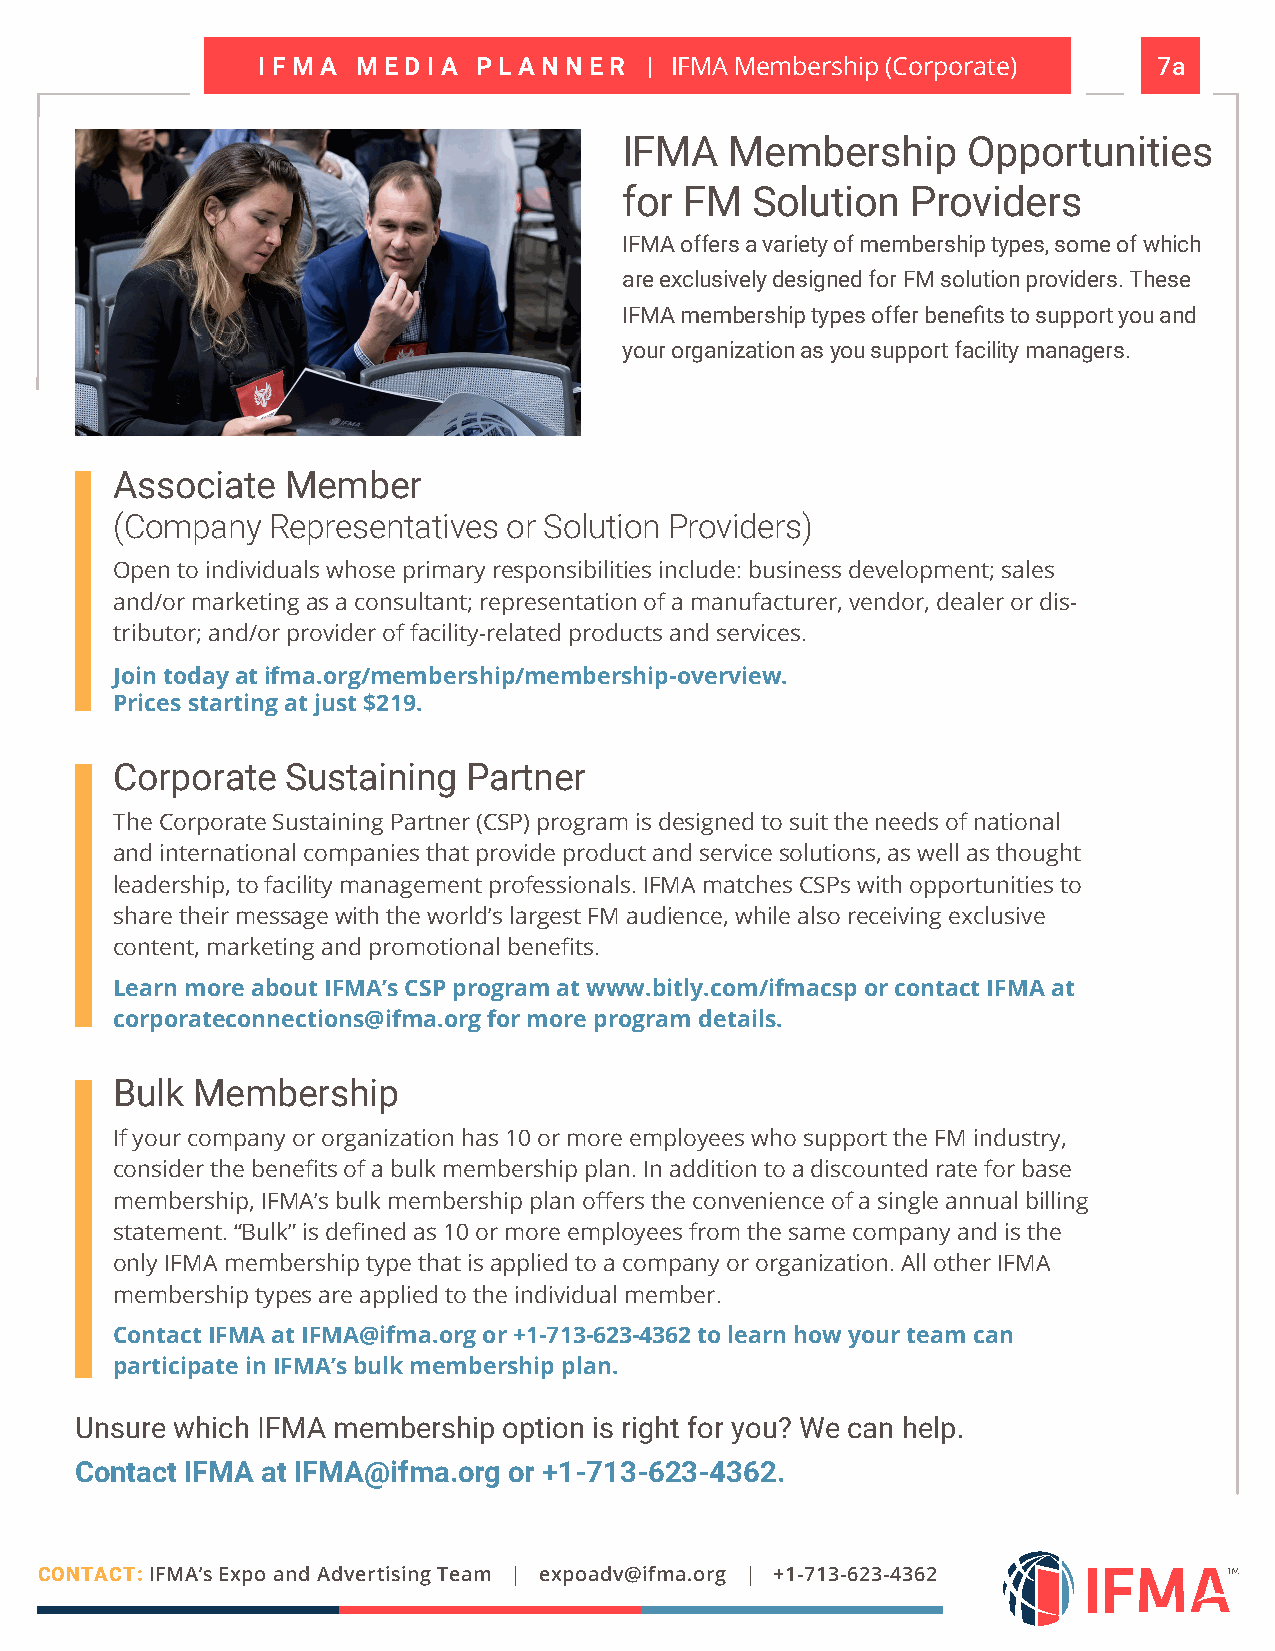
I F M A M E D I A P L A N N E R | IFMA Membership (Corporate) 7a
 IFMA   Membership      Opportunities
 for FM   Solution  Providers
 IFMA offers a variety of membership types, some of which
 are exclusively designed for FM solution providers. These
 IFMA membership types offer benefits to support you and
 your organization as you support facility managers.
 Associate  Member
 (Company  Representatives or Solution Providers)
 Open to individuals whose primary responsibilities include: business development; sales
 and/or marketing as a consultant; representation of a manufacturer, vendor, dealer or dis-
 tributor; and/or provider of facility-related products and services.
 Join today at ifma.org/membership/membership-overview.
 Prices starting at just $219.
 Corporate  Sustaining  Partner
 The Corporate Sustaining Partner (CSP) program is designed to suit the needs of national
 and international companies that provide product and service solutions, as well as thought
 leadership, to facility management professionals. IFMA matches CSPs with opportunities to
 share their message with the world’s largest FM audience, while also receiving exclusive
 content, marketing and promotional benefits.
 Learn more about IFMA’s CSP program at www.bitly.com/ifmacsp or contact IFMA at
 corporateconnections@ifma.org for more program details.
 Bulk Membership
 If your company or organization has 10 or more employees who support the FM industry,
 consider the benefits of a bulk membership plan. In addition to a discounted rate for base
 membership, IFMA’s bulk membership plan offers the convenience of a single annual billing
 statement. “ Bulk” is defined as 10 or more employees from the same company and is the
 only IFMA membership type that is applied to a company or organization. All other IFMA
 membership types are applied to the individual member.
 Contact IFMA at IFMA@ifma.org or +1-713-623-4362 to learn how your team can
 participate in IFMA’s bulk membership plan.
 Unsure which IFMA membership option is right for you? We can help.
 Contact IFMA at IFMA@ifma.org or +1-713-623-4362.
 CONTACT: IFMA’s Expo and Advertising Team | expoadv@ifma.org | +1-713-623-4362